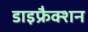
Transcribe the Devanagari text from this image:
डाइफ्रैक्शन